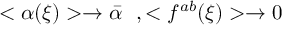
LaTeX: < \alpha ( \xi ) > \rightarrow \bar { \alpha } ~ ~ , < f ^ { a b } ( \xi ) > \rightarrow 0